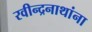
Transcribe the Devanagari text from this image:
रवीन्द्रनाथांना